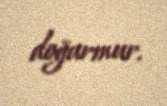
doğurmur.